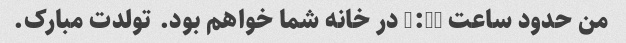
من حدود ساعت 5:30 در خانه شما خواهم بود. تولدت مبارک.